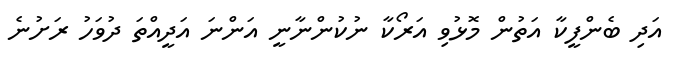
އަދި ބެންފީކާ އަތުން މޮޅުވި އަރޯކާ ނުކުންނާނީ އަންނަ އަދީއްތަ ދުވަހު ރަށުނެ